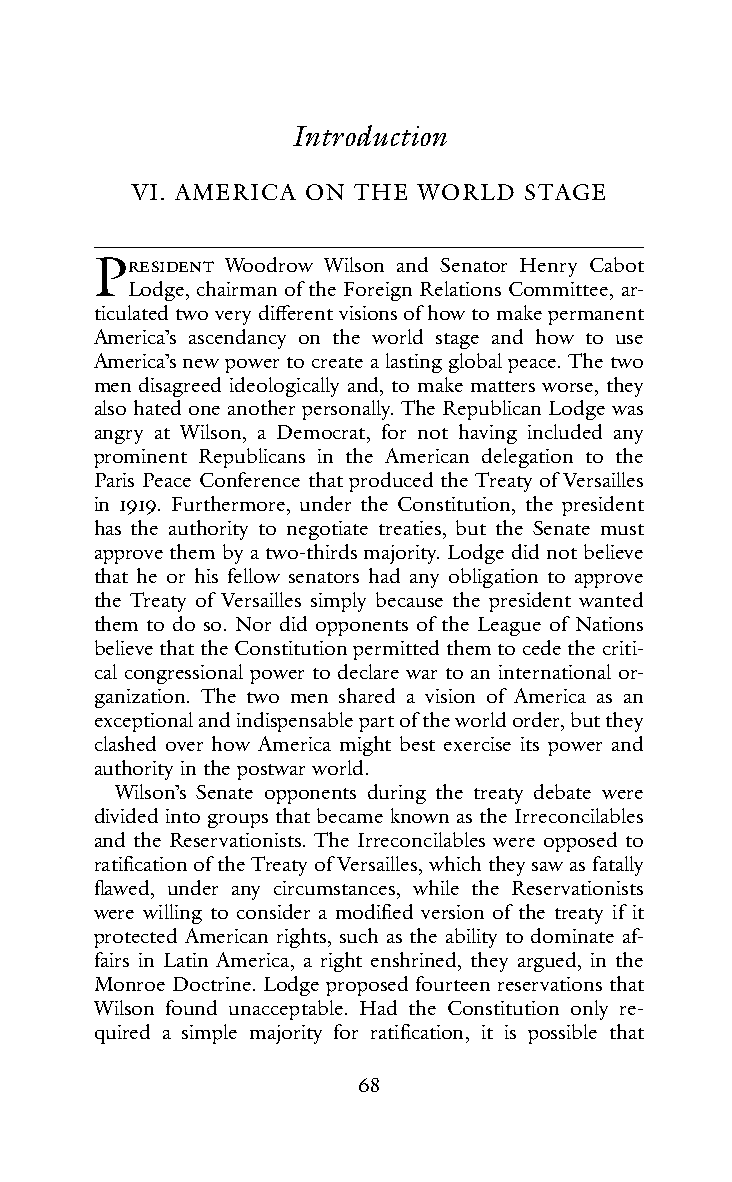
Introduction
 VI. AMERICA ON THE WORLD  STAGE
 PResIdent Woodrow Wilson and Senator Henry Cabot
 Lodge, chairman of the Foreign Relations Committee, ar-
 ticulated two very different visions of how to make permanent
 America’s ascendancy on the world stage and how to use
 America’s new power to create a lasting global peace. The two
 men disagreed ideologically and, to make matters worse, they
 also hated one another personally. The Republican Lodge was
 angry at Wilson, a Democrat, for not having included any
 prominent Republicans in the American delegation to the
 Paris Peace Conference that produced the Treaty of Versailles
 in 1919. Furthermore, under the Constitution, the president
 has the authority to negotiate treaties, but the Senate must
 approve them by a two-thirds majority. Lodge did not believe
 that he or his fellow senators had any obligation to approve
 the Treaty of Versailles simply because the president wanted
 them to do so. Nor did opponents of the League of Nations
 believe that the Constitution permitted them to cede the criti-
 cal congressional power to declare war to an international or-
 ganization. The two men shared a vision of America as an
 exceptional and indispensable part of the world order, but they
 clashed over how America might best exercise its power and
 authority in the postwar world.
 Wilson’s Senate opponents during the treaty debate were
 divided into groups that became known as the Irreconcilables
 and the Reservationists. The Irreconcilables were opposed to
 ratification of the Treaty of Versailles, which they saw as fatally
 flawed, under any circumstances, while the Reservationists
 were willing to consider a modified version of the treaty if it
 protected American rights, such as the ability to dominate af-
 fairs in Latin America, a right enshrined, they argued, in the
 Monroe Doctrine. Lodge proposed fourteen reservations that
 Wilson found unacceptable. Had the Constitution only re-
 quired a simple majority for ratification, it is possible that
 68